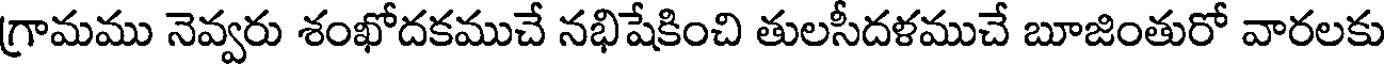
గ్రామము నెవ్వరు శంఖోదకముచే నభిషేకించి తులసీదళముచే బూజింతురో వారలకు